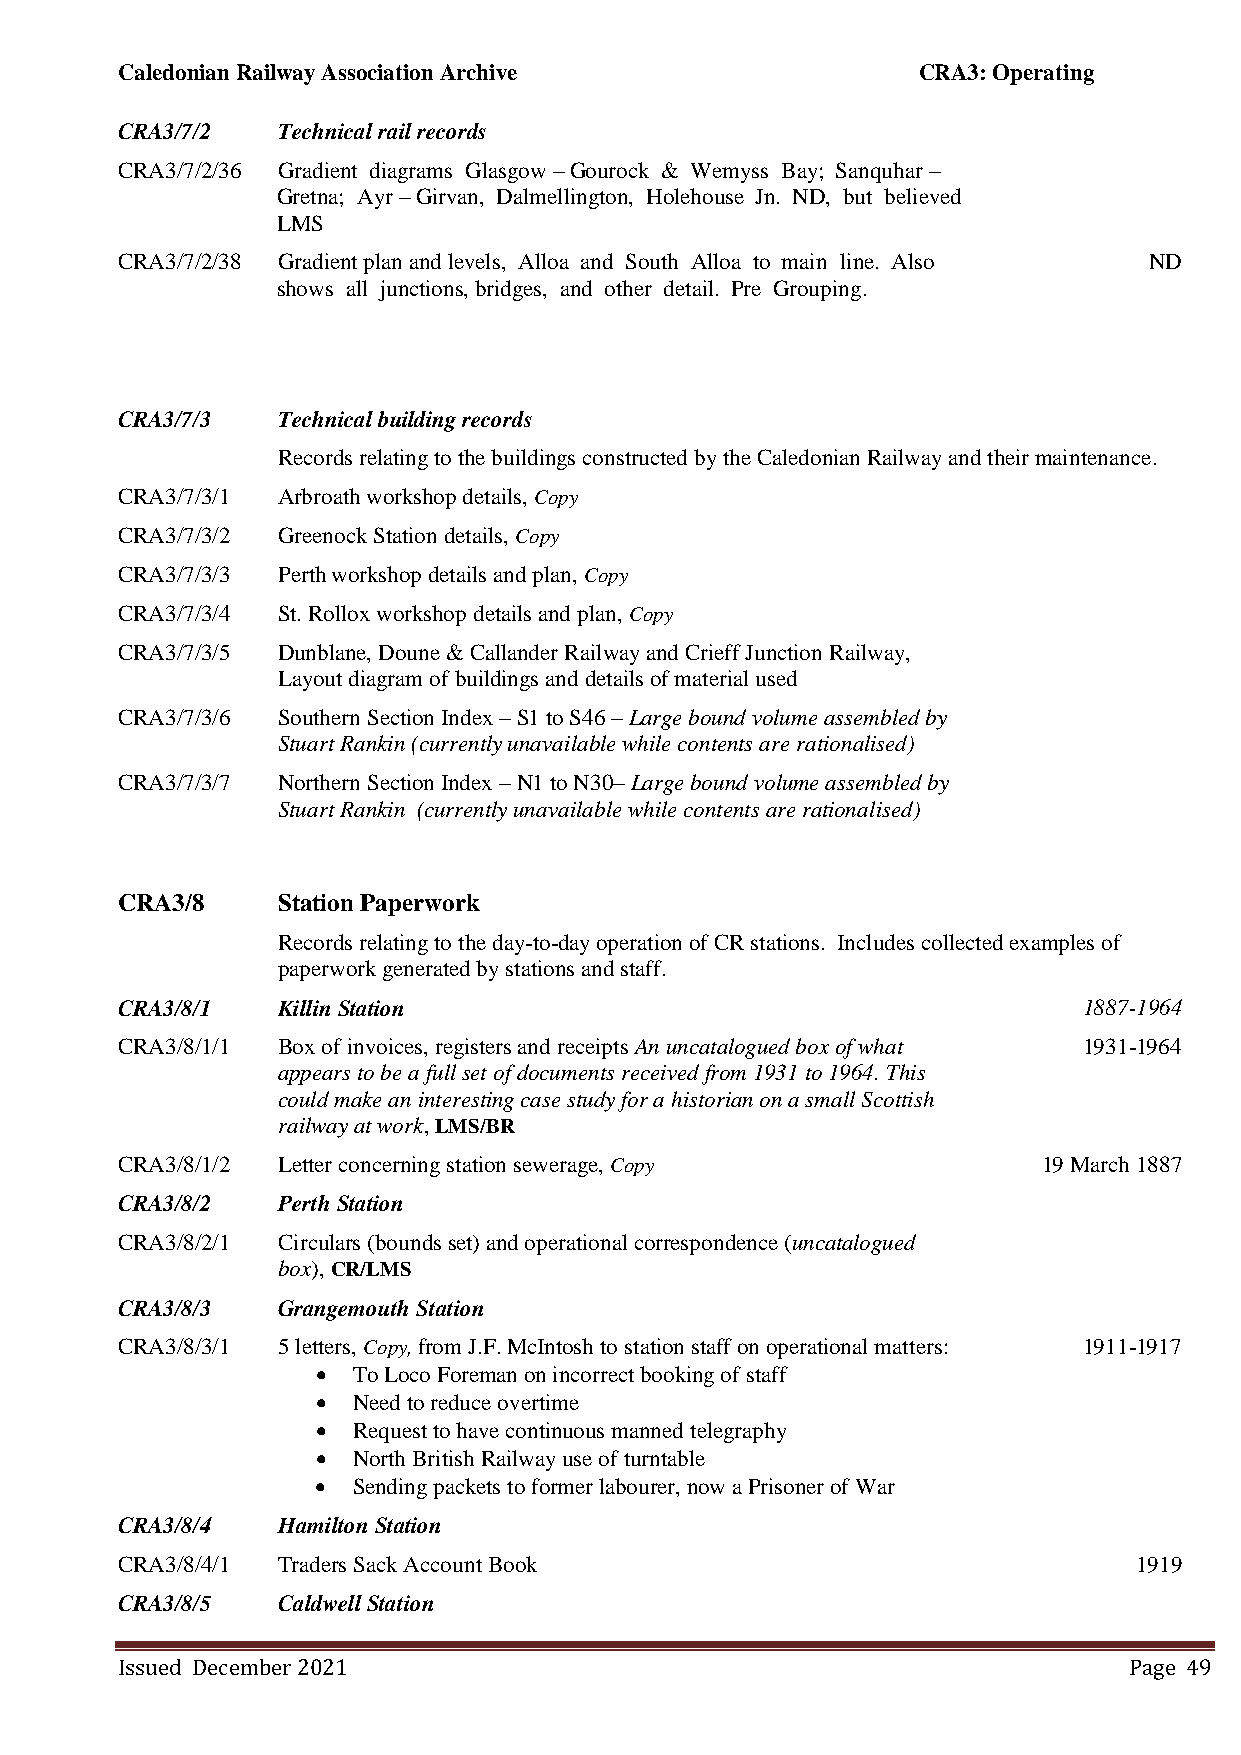
Caledonian Railway Association Archive               CRA3: Operating
 CRA3/7/2  Technical rail records
 CRA3/7/2/36 Gradient diagrams Glasgow – Gourock & Wemyss Bay; Sanquhar –
 Gretna; Ayr – Girvan, Dalmellington, Holehouse Jn. ND, but believed
 LMS
 CRA3/7/2/38 Gradient plan and levels, Alloa and South Alloa to main line. Also ND
 shows all junctions, bridges, and other detail. Pre Grouping.
 CRA3/7/3  Technical building records
 Records relating to the buildings constructed by the Caledonian Railway and their maintenance.
 CRA3/7/3/1 Arbroath workshop details, Copy
 CRA3/7/3/2 Greenock Station details, Copy
 CRA3/7/3/3 Perth workshop details and plan, Copy
 CRA3/7/3/4 St. Rollox workshop details and plan, Copy
 CRA3/7/3/5 Dunblane, Doune & Callander Railway and Crieff Junction Railway,
 Layout diagram of buildings and details of material used
 CRA3/7/3/6 Southern Section Index – S1 to S46 – Large bound volume assembled by
 Stuart Rankin (currently unavailable while contents are rationalised)
 CRA3/7/3/7 Northern Section Index – N1 to N30– Large bound volume assembled by
 Stuart Rankin (currently unavailable while contents are rationalised)
 CRA3/8    Station Paperwork
 Records relating to the day-to-day operation of CR stations. Includes collected examples of
 paperwork generated by stations and staff.
 CRA3/8/1  Killin Station                                        1887-1964
 CRA3/8/1/1 Box of invoices, registers and receipts An uncatalogued box of what 1931-1964
 appears to be a full set of documents received from 1931 to 1964. This
 could make an interesting case study for a historian on a small Scottish
 railway at work, LMS/BR
 CRA3/8/1/2 Letter concerning station sewerage, Copy          19 March 1887
 CRA3/8/2  Perth Station
 CRA3/8/2/1 Circulars (bounds set) and operational correspondence (uncatalogued
 box), CR/LMS
 CRA3/8/3  Grangemouth Station
 CRA3/8/3/1 5 letters, Copy, from J.F. McIntosh to station staff on operational matters: 1911-1917
  To Loco Foreman on incorrect booking of staff
  Need to reduce overtime
  Request to have continuous manned telegraphy
  North British Railway use of turntable
  Sending packets to former labourer, now a Prisoner of War
 CRA3/8/4  Hamilton Station
 CRA3/8/4/1 Traders Sack Account Book                               1919
 CRA3/8/5  Caldwell Station
 Issued December 2021                                               Page 49